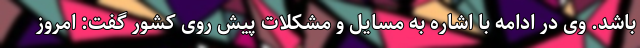
باشد. وی در ادامه با اشاره به مسایل و مشکلات پیش روی کشور گفت: امروز